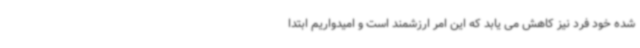
شده خود فرد نیز کاهش می یابد که این امر ارزشمند است و امیدواریم ابتدا